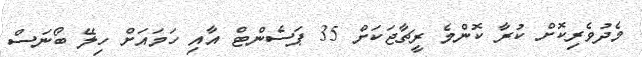
މެދުވެރިކޮށް ކުރާ ކޮންމެ ރީޗާޖަކަށް 35 ޕަސެންޓް އާއި ހަމައަށް ހިލޭ ބޯނަސް